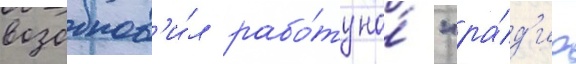
возобнов'и́л рабо́ту на́ "ра́д'ио